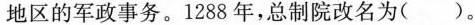
地区的军政事务。1288年，总制院改名为( )。